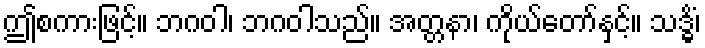
ဤစကားဖြင့်။ ဘဂဝါ၊ ဘဂဝါသည်။ အတ္တနာ၊ ကိုယ်တော်နှင့်။ သဒ္ဓိံ၊